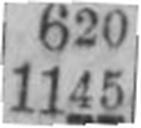
1145